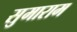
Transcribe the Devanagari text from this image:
सुमाराम